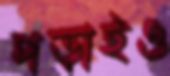
পড়াইও